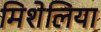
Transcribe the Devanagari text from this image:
मिशेलिया